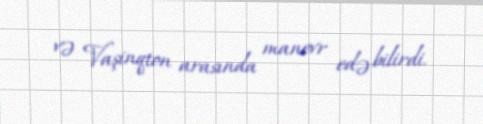
və Vaşinqton arasında manevr edə bilirdi.